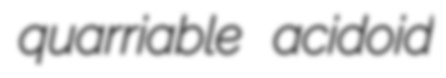
quarriable acidoid